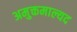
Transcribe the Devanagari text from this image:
अमुक्तमाल्यद